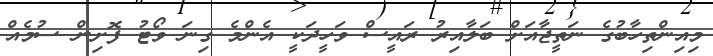
މިއިންތިހާބުގެ ނަތީޖާއަށް ބަލާއިރު ރައީސް ވަހީދަކީ އެންމެ ގިނަ ވޯޓު ފޮށިން ސުމެއް